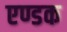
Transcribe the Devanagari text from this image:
एण्डक